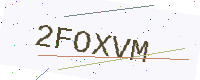
Text: 2FOXVM